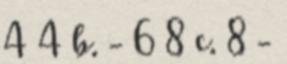
4 4 b. - 6 8 c. 8 -